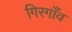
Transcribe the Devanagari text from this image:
गिरगाँव